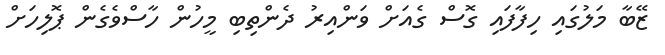
ޒޭބާ މަލުގައި ހިފާފައި ގޮސް ގެއަށް ވަންއިރު ދެންތިބި މީހުން ހާސްވެގެން ޕޮލިހަށް